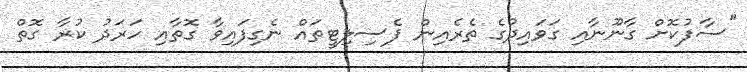
"ސާފުކޮށް ގާނޫނާއި ގަވައިދުގެ ތެރެއިން ފެސިލިޓީތައް ނެގިފައިވާ ގޮތާއި ހަރަދު ކުރާ ގޮތް